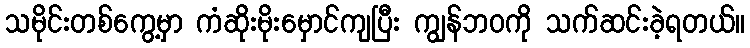
သမိုင်းတစ်ကွေ့မှာ ကံဆိုးမိုးမှောင်ကျပြီး ကျွန်ဘဝကို သက်ဆင်းခဲ့ရတယ်။